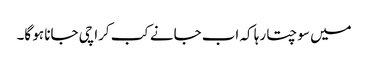
میں سوچتا رہا کہ اب جانے کب کراچی جانا ہو گا۔